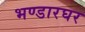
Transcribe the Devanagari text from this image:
भण्डारघर